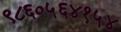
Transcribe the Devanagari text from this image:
९८६०५६४१५४